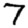
Digit: 7